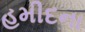
હમીદના